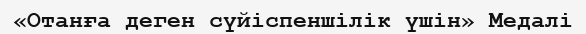
«Отанға деген сүйіспеншілік үшін» Медалі